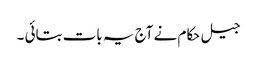
جیل حکام نے آج یہ بات بتائی ۔